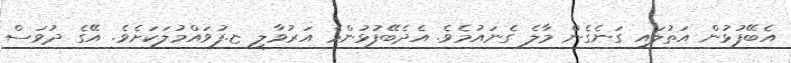
އެބޭފުޅުން އަތުލައި ގަނެގެން މާލެ ގެނައުމެވެ. އެދެބޭފުޅުންމެ އަރުވާލީ ޏ.ފުވައްމުލަކަށެވެ. އޭގެ ދުވަސް